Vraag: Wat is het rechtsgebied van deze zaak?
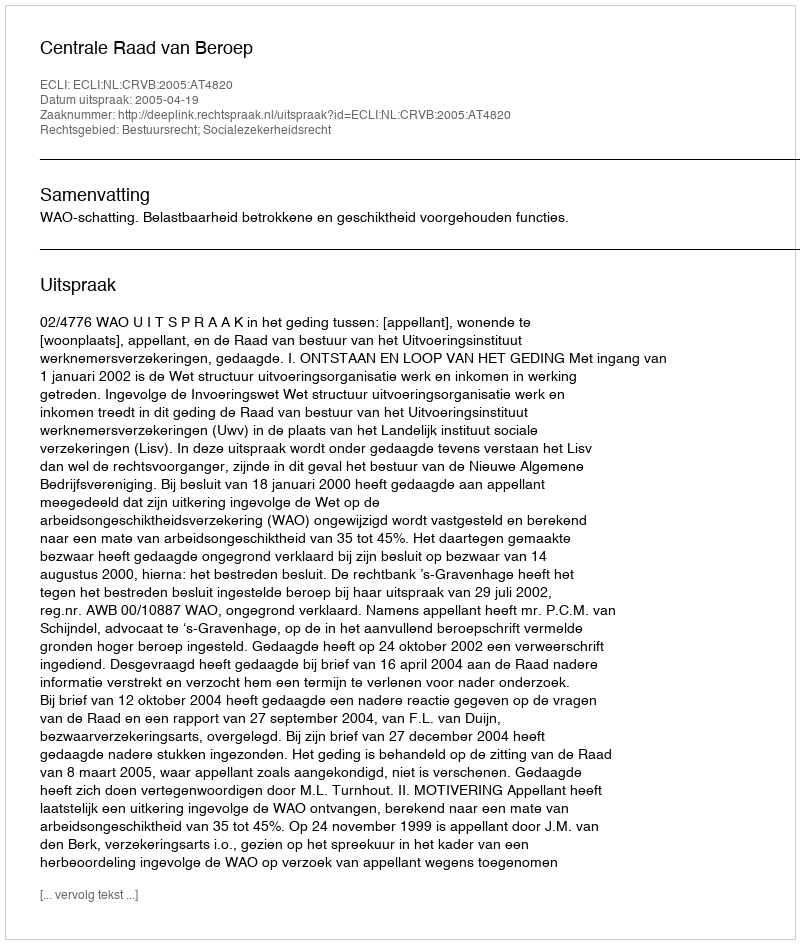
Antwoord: Bestuursrecht; Socialezekerheidsrecht